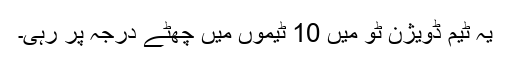
یہ ٹیم ڈویژن ٹو میں 10 ٹیموں میں چھٹے درجہ پر رہی۔